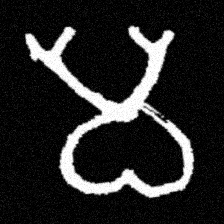
Pyu character \u2014 Myanmar letter: မ (romanized: ma)